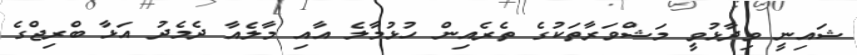
ޝައިނީ ވިދާޅުވީ މަޝްވަރާތަކުގެ ތެރެއިން ހުޅުމާލެ އާއި މާލެއާ ދެމެދު އަޅާ ބްރިޖްގެ